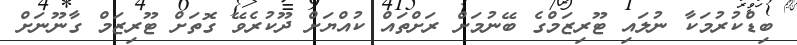
ބިޑްކުރުމަކާ ނުލައި ޓޫރިޒަމްގެ ބޭނުމަށް ރަށްތައް ކުއްޔަށް ދޫކުރެވޭ ގޮތަށް ޓޫރިޒަމް ގާނޫނަށް